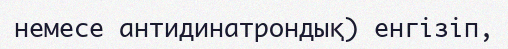
немесе антидинатрондық) енгізіп,